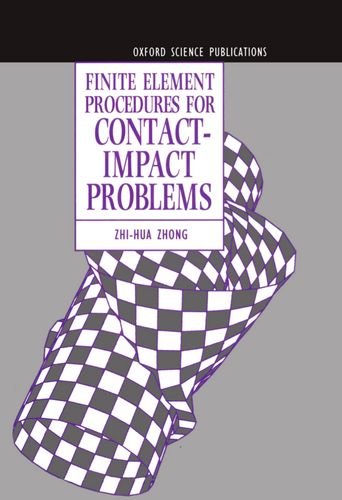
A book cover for Finite Element Procedures for Contact-Impact Problems (Oxford Science Publications); Zhi-Hua Zhong; Law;